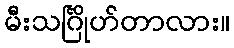
မီးသင်္ဂြိုဟ်တာလား။